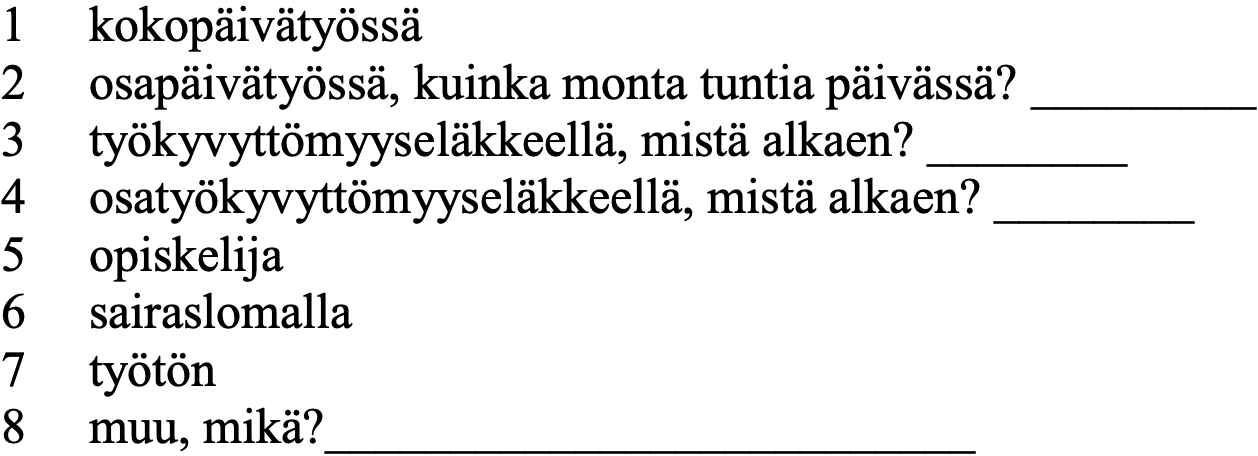
1  kokopäivätyössä 2  osapäivätyössä, kuinka monta tuntia päivässä? _________ 3  työkyvyttömyyseläkkeellä, mistä alkaen? ________ 4  osatyökyvyttömyyseläkkeellä, mistä alkaen? ________ 5  opiskelija 6  sairaslomalla 7  työtön 8  muu, mikä?__________________________